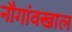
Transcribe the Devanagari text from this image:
नौगांवखाल